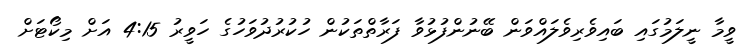
ވީމާ ނީލަމުގައި ބައިވެރިވެލައްވަން ބޭނުންފުޅުވާ ފަރާތްތަކުން ހުކުރުދުވަހުގެ ހަވީރު 4:15 އަށް މިކޯޓަށް